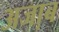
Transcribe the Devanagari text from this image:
अजा़ब